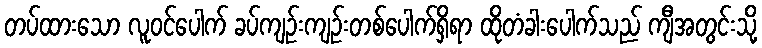
တပ်ထားသော လူဝင်ပေါက် ခပ်ကျဉ်းကျဉ်းတစ်ပေါက်ရှိရာ ထိုတံခါးပေါက်သည် ကျီအတွင်းသို့